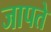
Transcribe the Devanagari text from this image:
जापते